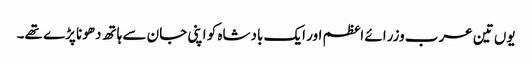
یوں تین عرب وزرائے اعظم اور ایک بادشاہ کو اپنی جان سے ہاتھ دھونا پڑے تھے۔